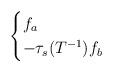
LaTeX: \begin{align*} \begin{cases} f_a & \\-\tau_s(T^{-1})f_b & \end{cases}\end{align*}